Lunatic asylums Punjab 1868-1880 - 1868-1880
Year: 1868
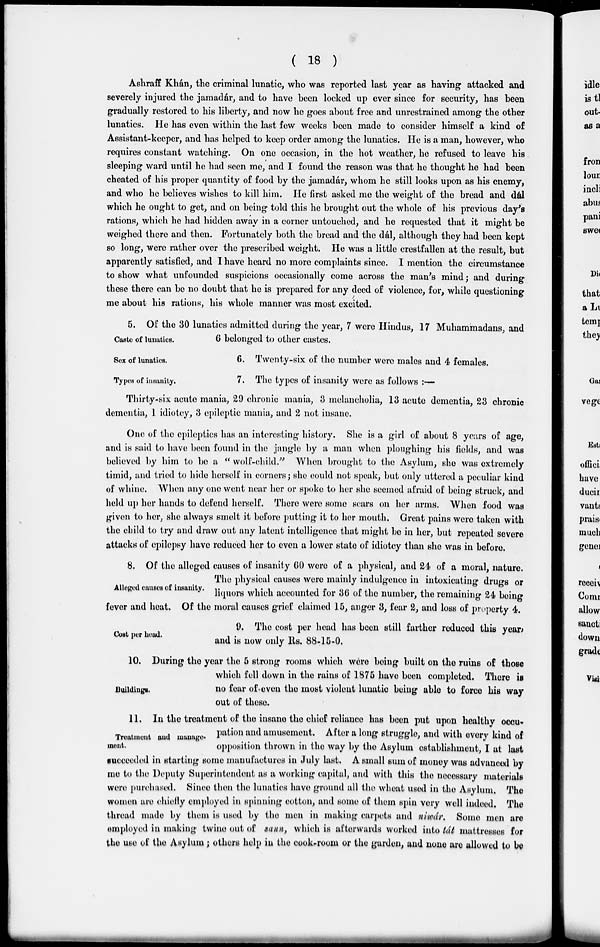
( 18 )
Ashraff Khán, the criminal lunatic, who was reported last year as having attacked and
severely injured the jamadár, and to have been locked up ever since for security, has been
gradually restored to his liberty, and now he goes about free and unrestrained among the other
lunatics. He has even within the last few weeks been made to consider himself a kind of
Assistant-keeper, and has helped to keep order among the lunatics. He is a man, however, who
requires constant watching. On one occasion, in the hot weather, he refused to leave his
sleeping ward until he had seen me, and I found the reason was that he thought he had been
cheated of his proper quantity of food by the jamadár, whom he still looks upon as his enemy,
and who he believes wishes to kill him. He first asked me the weight of the bread and dál
which he ought to get, and on being told this he brought out the whole of his previous day's
rations, which he had hidden away in a corner untouched, and he requested that it might be
weighed there and then. Fortunately both the bread and the dál, although they had been kept
so long, were rather over the prescribed weight. He was a little crestfallen at the result, but
apparently satisfied, and I have heard no more complaints since. I mention the circumstance
to show what unfounded suspicions occasionally come across the man's mind; and during
these there can be no doubt that he is prepared for any deed of violence, for, while questioning
me about his rations, his whole manner was most excited.
Caste of lunatics.
5. Of the 30 lunatics admitted during the year, 7 were Hindus, 17 Muhammadans, and
6 belonged to other castes.
Sex of lunatics.
6. Twenty-six of the number were males and 4 females.
Types of insanity.
7. The types of insanity were as follows :—
Thirty-six acute mania, 29 chronic mania, 3 melancholia, 13 acute dementia, 23 chronic
dementia, 1 idiotcy, 3 epileptic mania, and 2 not insane.
One of the epileptics has an interesting history. She is a girl of about 8 years of age,
and is said to have been found in the jangle by a man when ploughing his fields, and was
believed by him to be a " wolf-child." When brought to the Asylum, she was extremely
timid, and tried to hide herself in corners; she could not speak, but only uttered a peculiar kind
of whine. When any one went near her or spoke to her she seemed afraid of being struck, and
held up her hands to defend herself. There were some scars on her arms. When food was
given to her, she always smelt it before putting it to her mouth. Great pains were taken with
the child to try and draw out any latent intelligence that might bo in her, but repeated severe
attacks of epilepsy have reduced her to even a lower state of idiotcy than she was in before.
Alleged causes of insanity.
8. Of the alleged causes of insanity 60 were of a physical, and 24 of a moral, nature.
The physical causes were mainly indulgence in intoxicating drugs or
liquors which accounted for 36 of the number, the remaining 24 being
fever and heat. Of the moral causes grief claimed 15, anger 3, fear 2, and loss of property 4.
Cost per head.
9. The cost per head has been still farther reduced this year,
and is now only Rs. 88-15-0.
Buildings.
10. During the year the 5 strong rooms which were being built on the ruins of those
which fell down in the rains of 1875 have been completed. There is
no fear of even the most violent lunatic being able to force his way
out of these.
Treatment and manage-
ment.
11. In the treatment of the insane the chief reliance has been put upon healthy occu-
pation and amusement. After a long struggle, and with every kind of
opposition thrown in the way by the Asylum establishment, I at last
succeeded in starting some manufactures in July last. A small sum of money was advanced by
me to the Deputy Superintendent as a working capital, and with this the necessary materials
were purchased. Since then the lunatics have ground all the wheat used in the Asylum. The
women are chiefly employed in spinning cotton, and some of them spin very well indeed. The
thread made by them is used by the men in making carpets and niwár. Some men are
employed in making twine out of sann, which is afterwards worked into tát mattresses for
the use of the Asylum; others help in the cook-room or the garden, and none are allowed to be